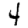
Digit: 4